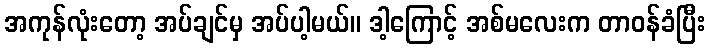
အကုန်လုံးတော့ အပ်ချင်မှ အပ်ပါ့မယ်။ ဒါ့ကြောင့် အစ်မလေးက တာဝန်ခံပြီး